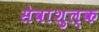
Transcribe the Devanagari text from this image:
सेवाशुल्क